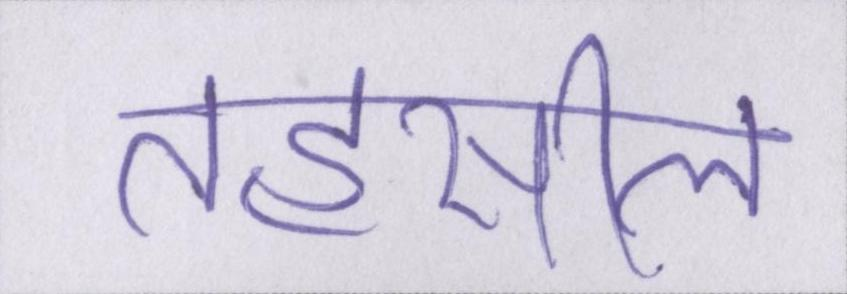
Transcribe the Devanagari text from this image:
तहसील